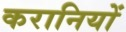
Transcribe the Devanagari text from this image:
करानियों